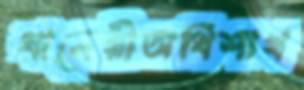
ধাত্রেয়ীঅধিশাখ